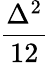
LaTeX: \frac{\Delta^{2}}{12}